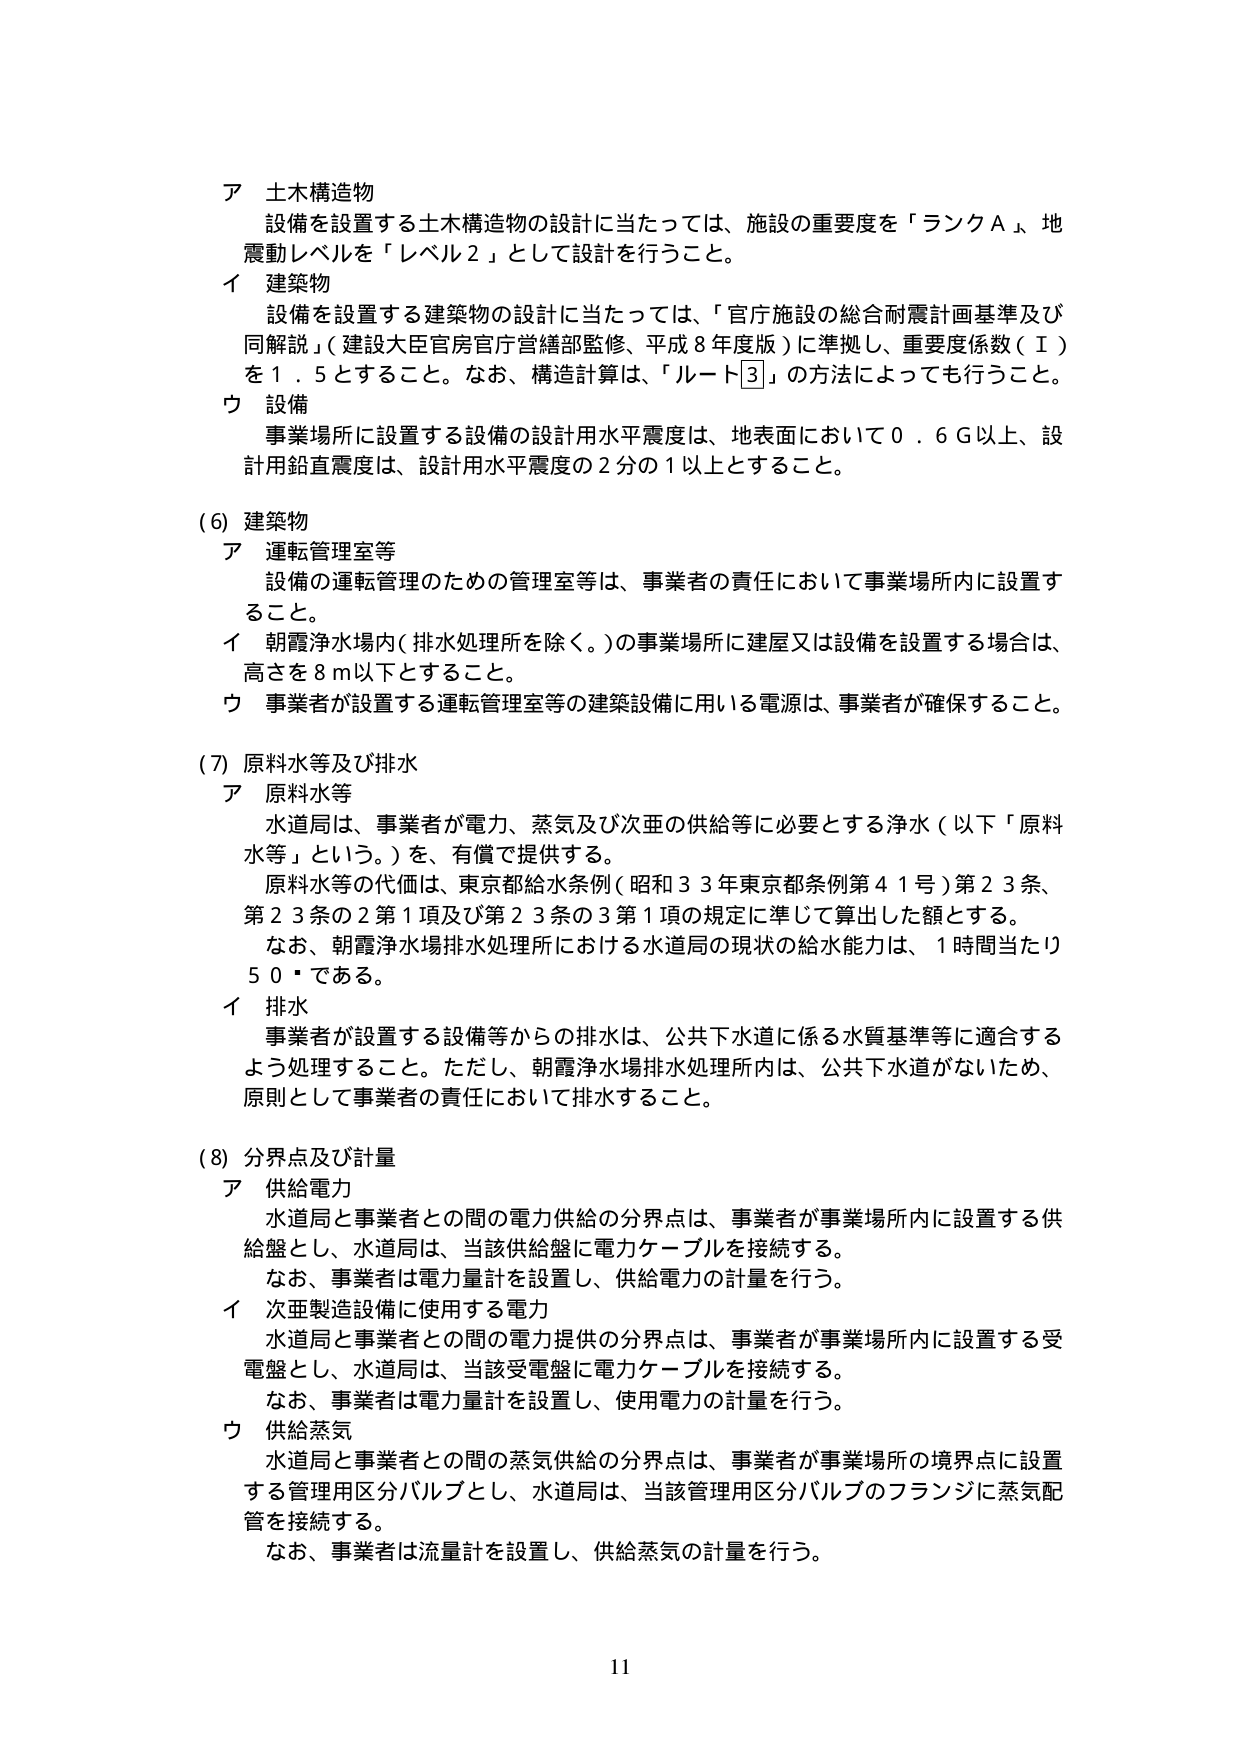
ア 土木構造物
設備を設置する土木構造物の設計に当たっては、施設の重要度を「ランクＡ」、地震動レベルを「レベル２」として設計を行うこと。

イ 建築物
設備を設置する建築物の設計に当たっては、「官庁施設の総合耐震計画基準及び同解説」（建設大臣官房官庁営繕部監修、平成８年度版）に準拠し、重要度係数（Ｉ）を１．５とすること。なお、構造計算は、「ルート③」の方法によっても行うこと。

ウ 設備
事業場所に設置する設備の設計用水平震度は、地表面において０．６Ｇ以上、設計用鉛直震度は、設計用水平震度の２分の１以上とすること。

(6) 建築物
ア 運転管理室等
設備の運転管理のための管理室等は、事業者の責任において事業場所内に設置すること。

イ 朝霞浄水場内（排水処理所を除く。）の事業場所に建屋又は設備を設置する場合は、高さを８ｍ以下とすること。

ウ 事業者が設置する運転管理室等の建築設備に用いる電源は、事業者が確保すること。

(7) 原料水等及び排水
ア 原料水等
水道局は、事業者が電力、蒸気及び次亜の供給等に必要とする浄水（以下「原料水等」という。）を、有償で提供する。
原料水等の代価は、東京都給水条例（昭和３３年東京都条例第４１号）第２３条、第２３条の２第１項及び第２３条の３第１項の規定に準じて算出した額とする。
なお、朝霞浄水場排水処理所における水道局の現状の給水能力は、１時間当たり５０㌧である。

イ 排水
事業者が設置する設備等からの排水は、公共下水道に係る水質基準等に適合するよう処理すること。ただし、朝霞浄水場排水処理所内は、公共下水道がないため、原則として事業者の責任において排水すること。

(8) 分界点及び計量
ア 供給電力
水道局と事業者との間の電力供給の分界点は、事業者が事業場所内に設置する供給盤とし、水道局は、当該供給盤に電力ケーブルを接続する。
なお、事業者は電力量計を設置し、供給電力の計量を行う。

イ 次亜製造設備に使用する電力
水道局と事業者との間の電力提供の分界点は、事業者が事業場所内に設置する受電盤とし、水道局は、当該受電盤に電力ケーブルを接続する。
なお、事業者は電力量計を設置し、使用電力の計量を行う。

ウ 供給蒸気
水道局と事業者との間の蒸気供給の分界点は、事業者が事業場所の境界点に設置する管理用区分バルブとし、水道局は、当該管理用区分バルブのフランジに蒸気配管を接続する。
なお、事業者は流量計を設置し、供給蒸気の計量を行う。

11